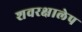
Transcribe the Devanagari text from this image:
शवरक्षालेप